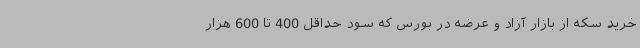
خرید سکه از بازار آزاد و عرضه در بورس که سود حداقل 400 تا 600 هزار